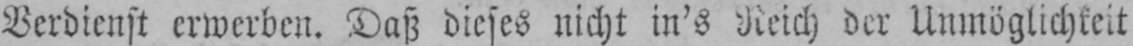
Verdienst erwerben. Daß dieses nicht in’s Reich der Unmöglichkeit